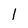
Character: 1